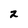
Character: 2